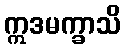
ဣဒမက္ခာသိ